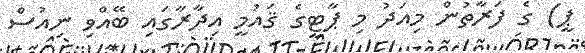
ޕީ) ގެ ފަރާތުން މިއަދު މި ޕާޓީގެ ޤައުމީ އިދާރާގައި ބޭއްވި ނިއުސް